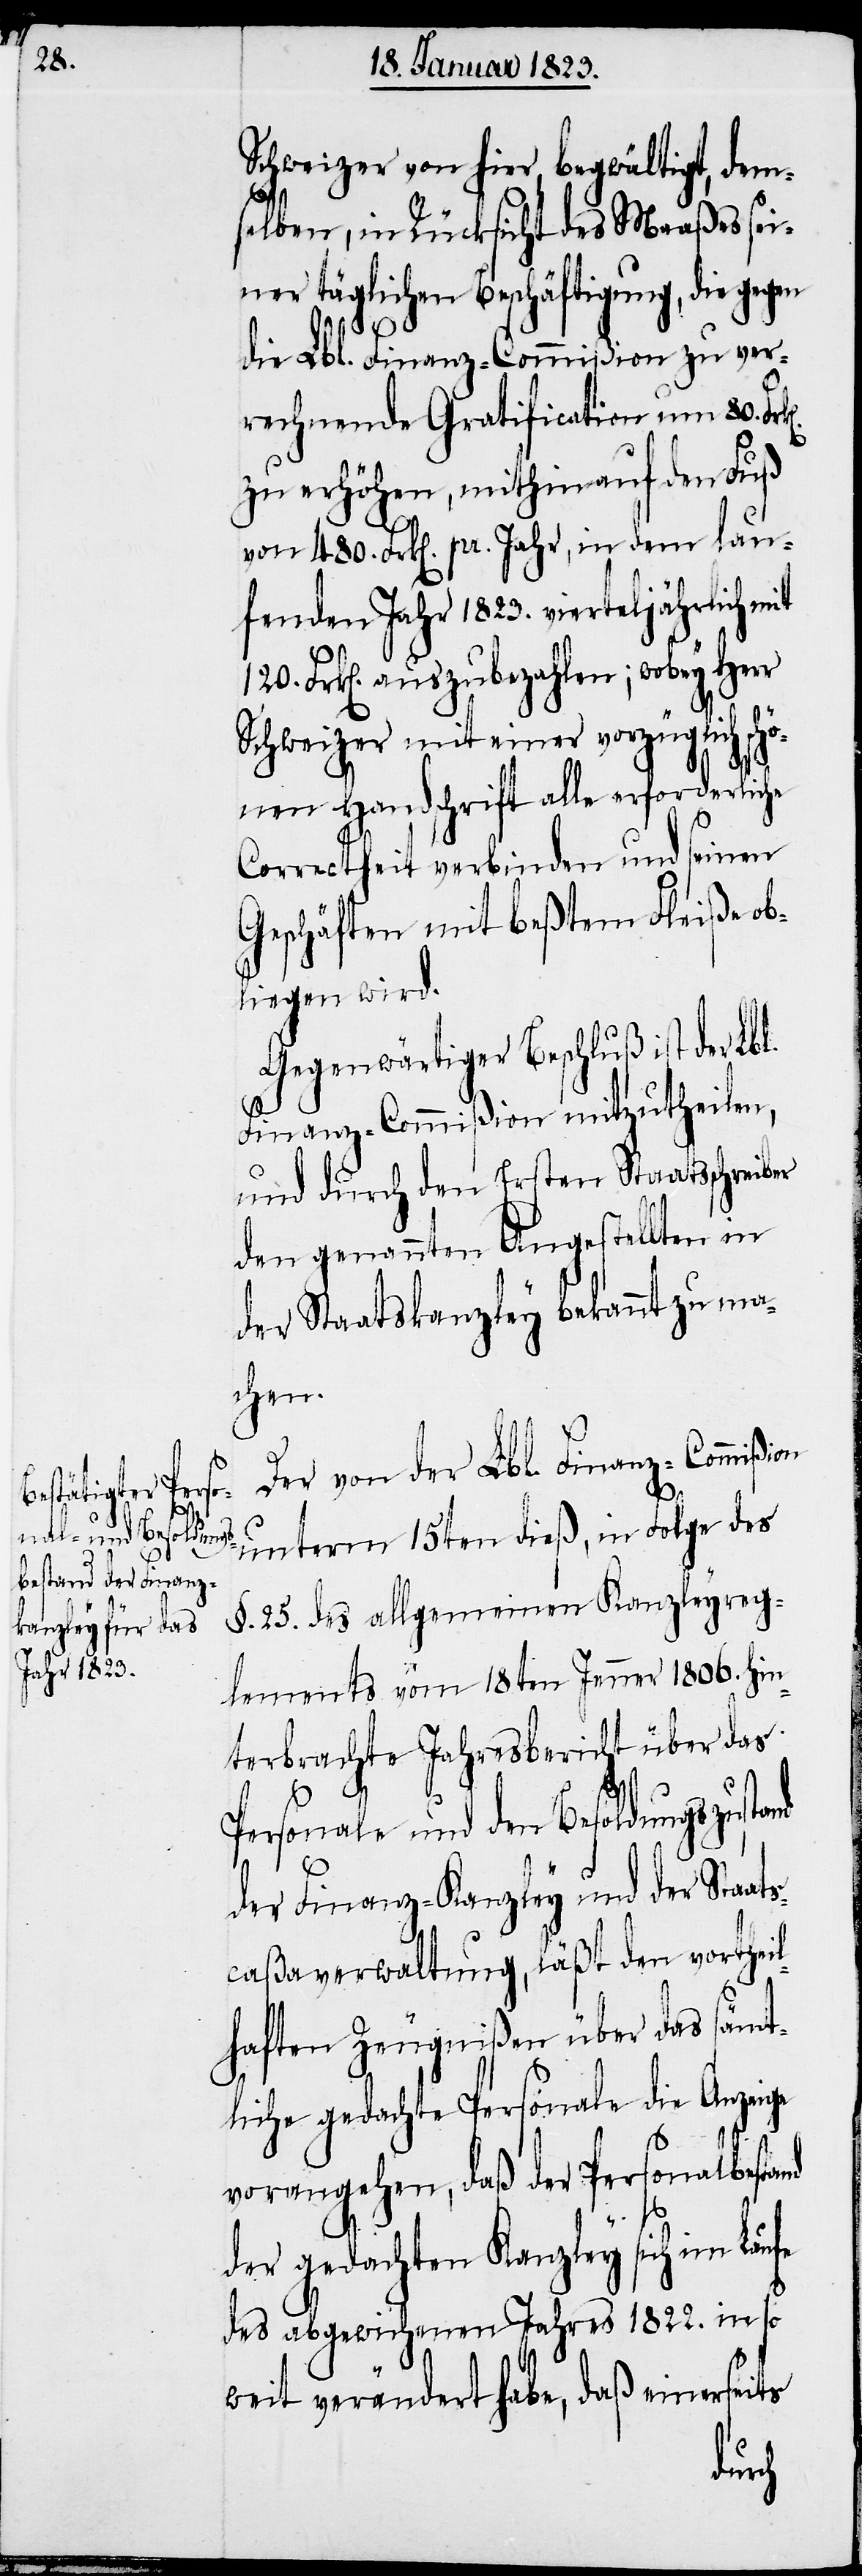
Schweizer von hier, begwältigt, dem¬
selben, in Rücksicht des Maaßes sei¬
ner täglichen Beschäftigung, die gegen
die Lbl. Finanz-Commißion zu ver¬
rechnende Gratification um 80.
zu erhöhen, mithin auf den Fuß
von 480. Frk[en]. pr. Jahr, in dem lau¬
fenden Jahr 1823. vierteljährlich mit
120. Frk[en]. auszubezahlen; wobey Herr
Schweizer mit einer vorzüglich sc¬
nen Handschrift alle erforderliche
Correctheit verbinden und seinen
Geschäften mit beßtem Fleiße ob¬
liegen wird.
Gegenwärtiger Beschluß ist der Lbl.
Finanz-Commißion mitzutheilen,
und durch den Ersten Staatsschreiber
den genannten Angestellten in
der Staatskanzley bekannt zu ma¬
chen.
hö¬